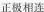
正极相连